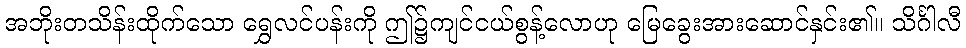
အဘိုးတသိန်းထိုက်သော ရွှေလင်ပန်းကို ဤ၌ကျင်ငယ်စွန့်လောဟု မြေခွေးအားဆောင်နှင်း၏။ သိင်္ဂါလီ